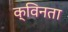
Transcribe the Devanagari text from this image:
क्विनता